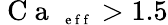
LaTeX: \mathrm{~C~a~}_{\mathrm{~\scriptsize~e~f~f~}}>1.5